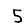
Digit: 5